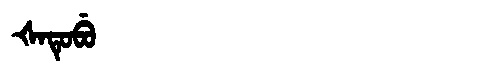
Manchu: ᡧᠠᡨᡠᠪᡠ
Romanization: ŠATUBU